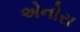
એનોરા